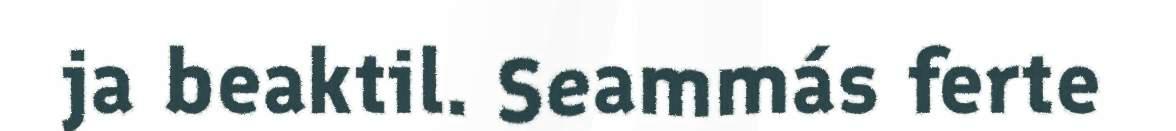
ja beaktil. Seammás ferte